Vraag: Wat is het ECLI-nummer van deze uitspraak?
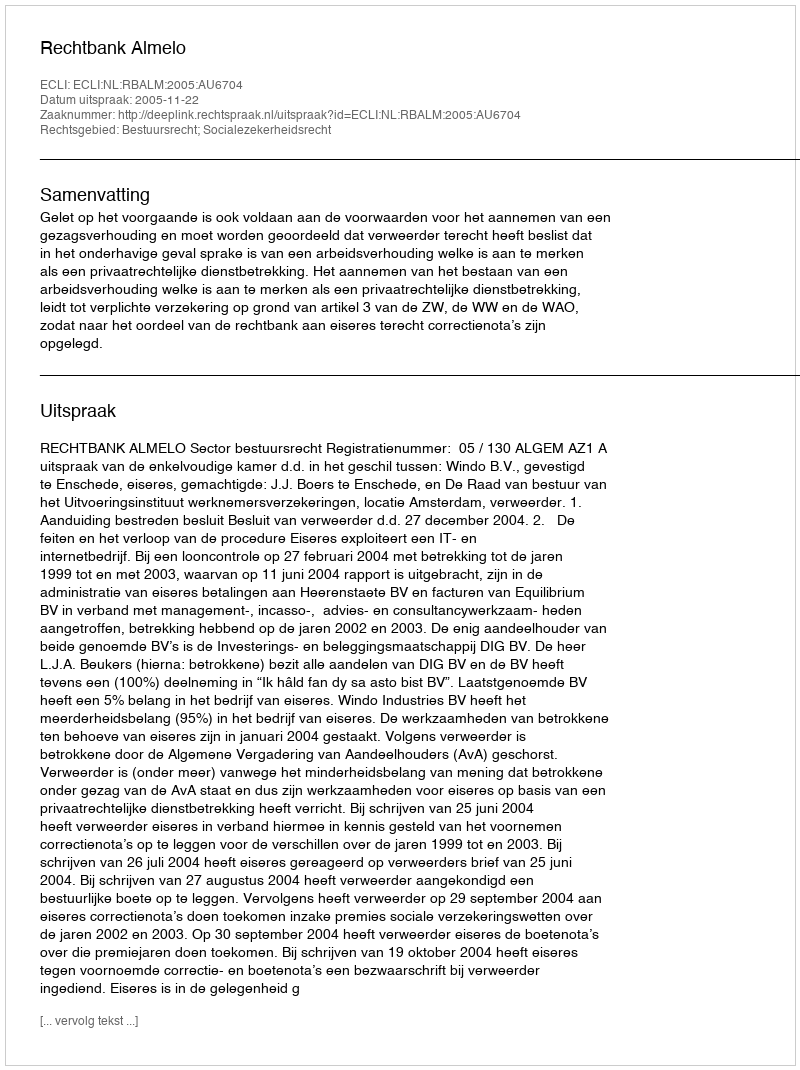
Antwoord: ECLI:NL:RBALM:2005:AU6704